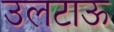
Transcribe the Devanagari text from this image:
उलटाऊ